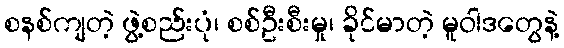
စနစ်ကျတဲ့ ဖွဲ့စည်းပုံ၊ စစ်ဦးစီးမှု၊ ခိုင်မာတဲ့ မူဝါဒတွေနဲ့